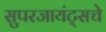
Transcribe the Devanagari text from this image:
सुपरजायंट्सचे